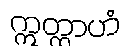
ဣတ္ထာဟံ